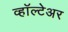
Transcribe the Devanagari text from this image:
व्हॉल्टेअर